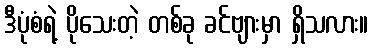
ဒီပုံစံရဲ့ ပိုသေးတဲ့ တစ်ခု ခင်ဗျားမှာ ရှိသလား။